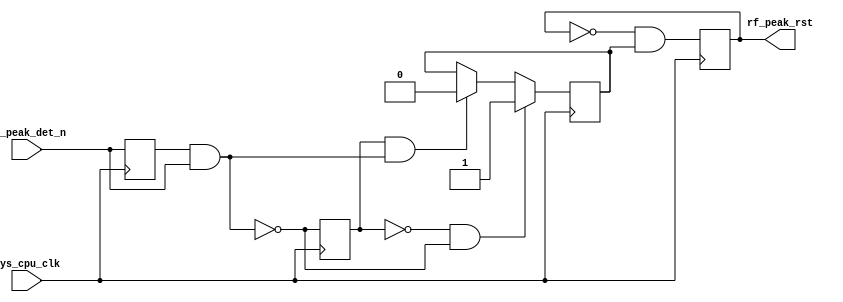
// ***************************************************************************
// ***************************************************************************
// Copyright 2014 - 2017 (c) Analog Devices, Inc. All rights reserved.
//
// In this HDL repository, there are many different and unique modules, consisting
// of various HDL (Verilog or VHDL) components. The individual modules are
// developed independently, and may be accompanied by separate and unique license
// terms.
//
// The user should read each of these license terms, and understand the
// freedoms and responsibilities that he or she has by using this source/core.
//
// This core is distributed in the hope that it will be useful, but WITHOUT ANY
// WARRANTY; without even the implied warranty of MERCHANTABILITY or FITNESS FOR
// A PARTICULAR PURPOSE.
//
// Redistribution and use of source or resulting binaries, with or without modification
// of this file, are permitted under one of the following two license terms:
//
//   1. The GNU General Public License version 2 as published by the
//      Free Software Foundation, which can be found in the top level directory
//      of this repository (LICENSE_GPL2), and also online at:
//      <https://www.gnu.org/licenses/old-licenses/gpl-2.0.html>
//
// OR
//
//   2. An ADI specific BSD license, which can be found in the top level directory
//      of this repository (LICENSE_ADIBSD), and also on-line at:
//      https://github.com/analogdevicesinc/hdl/blob/master/LICENSE_ADIBSD
//      This will allow to generate bit files and not release the source code,
//      as long as it attaches to an ADI device.
//
// ***************************************************************************
// ***************************************************************************

`timescale 1ns/100ps

module ad_adl5904_rst (

  input           sys_cpu_clk,
  input           rf_peak_det_n,
  output          rf_peak_rst);

  // internal registers

  reg             rf_peak_det_n_d = 'd0;
  reg             rf_peak_det_enb_d = 'd0;
  reg             rf_peak_rst_enb = 'd0;
  reg             rf_peak_rst_int = 'd0;

  // internal signals

  wire            rf_peak_det_enb_s;
  wire            rf_peak_rst_1_s;
  wire            rf_peak_rst_0_s;

  // adl5904 input protection

  assign rf_peak_rst = rf_peak_rst_int;
  assign rf_peak_det_enb_s = ~(rf_peak_det_n_d & rf_peak_det_n);
  assign rf_peak_rst_1_s = ~rf_peak_det_enb_d & rf_peak_det_enb_s;
  assign rf_peak_rst_0_s = rf_peak_det_enb_d & ~rf_peak_det_enb_s;

  always @(posedge sys_cpu_clk) begin
    rf_peak_det_n_d <= rf_peak_det_n;
    rf_peak_det_enb_d <= rf_peak_det_enb_s;
    if (rf_peak_rst_1_s == 1'b1) begin
      rf_peak_rst_enb <= 1'b1;
    end else if (rf_peak_rst_0_s == 1'b1) begin
      rf_peak_rst_enb <= 1'b0;
    end
    rf_peak_rst_int = ~rf_peak_rst_int & rf_peak_rst_enb;
  end

endmodule

// ***************************************************************************
// ***************************************************************************